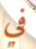
في